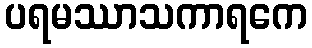
ပရမဿာသကာရကေ